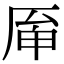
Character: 𠩯